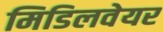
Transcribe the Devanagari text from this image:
मिडिलवेयर